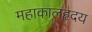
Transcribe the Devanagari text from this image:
महाकालहृदय